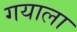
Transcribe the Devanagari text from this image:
गयाला